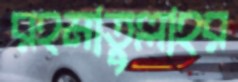
রহমাতুল্লাহর